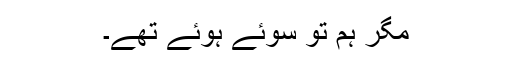
مگر ہم تو سوئے ہوئے تھے۔